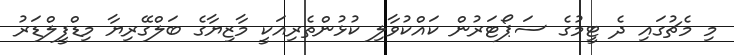
މި މެޗުގައި ދެ ޓީމުގެ ސަޕޯޓަރުން ކައްކުވާލި ކުޅުންތެރިއަކީ މާޒިޔާގެ ބަލްގޭރިޔާ މިޑްފީލްޑަރު